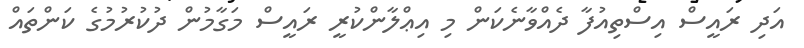
އަދި ރައީސް އިސްތިއުފާ ދެއްވާނެކަން މި އިޢްލާންކުރީ ރައީސް މަގާމުން ދުކުރުމުގެ ކަންތައް